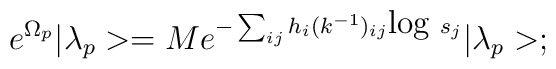
e^{\Omega _p}|\lambda _p>= Me^{-\sum_{ij}h_i(k^{-1})_{ij}\mbox{log }s_j}|\lambda _p>;